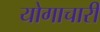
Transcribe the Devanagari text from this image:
योगाचारी